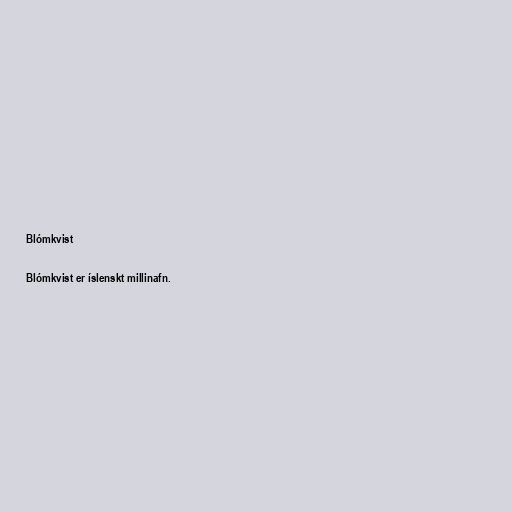
Blómkvist

Blómkvist er íslenskt millinafn.